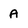
Character: A